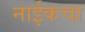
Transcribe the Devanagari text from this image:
नाईकचा